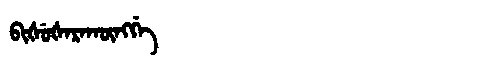
Manchu: ᠪᡳᡧᡠᡧᠠᡵᠠᡴᡡᠩᡤᡝ
Romanization: BIŠUŠARAKŪNGGE